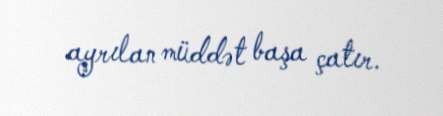
ayrılan müddət başa çatır.